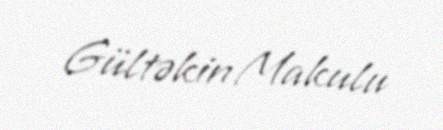
Gültəkin Makulu